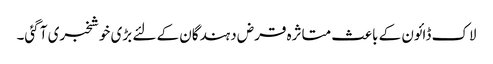
لاک ڈائون کے باعث متاثرہ قرض دہندگان کے لئے بڑی خوشخبری آ گئی۔